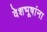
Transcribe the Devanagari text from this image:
वेशभूषांना